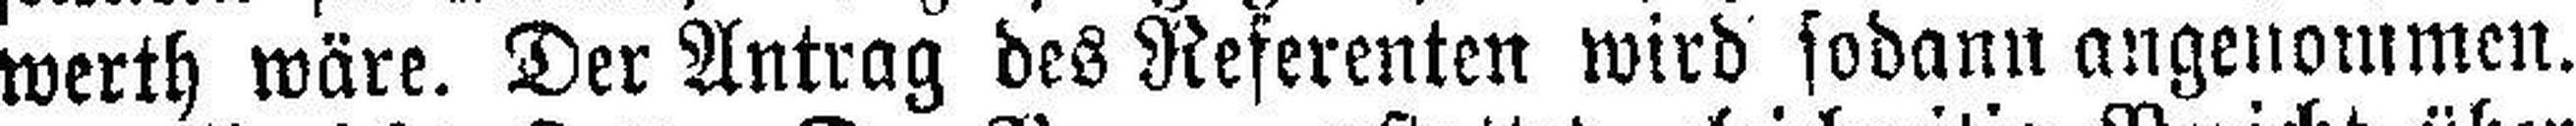
werth wäre. Der Antrag des Referenten wird sodann angenommen.